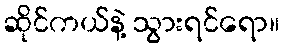
ဆိုင်ကယ်နဲ့ သွားရင်ရော။